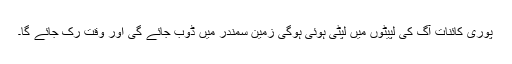
پوری کائنات آگ کی لپیٹوں میں لپٹی ہوئی ہوگی زمین سمندر میں ڈوب جائے گی اور وقت رک جائے گا۔